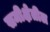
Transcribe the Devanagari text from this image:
समीक्षेतील